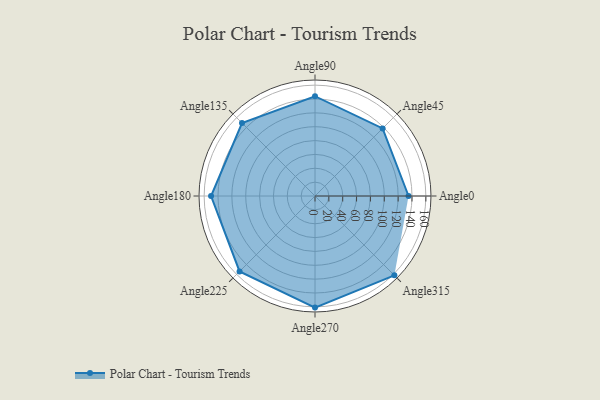
{"axis": {"x": "Angle", "y": "Radius"}, "legend": [""], "data": [{"x": "Angle0", "y": 135.0, "type": ""}, {"x": "Angle45", "y": 138.0, "type": ""}, {"x": "Angle90", "y": 144.0, "type": ""}, {"x": "Angle135", "y": 149.0, "type": ""}, {"x": "Angle180", "y": 150.0, "type": ""}, {"x": "Angle225", "y": 154.0, "type": ""}, {"x": "Angle270", "y": 161.0, "type": ""}, {"x": "Angle315", "y": 162.0, "type": ""}]}